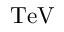
\mathrm { T e V }